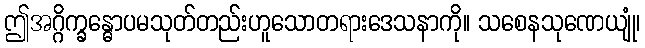
ဤအဂ္ဂိက္ခန္ဓောပမသုတ်တည်းဟူသောတရားဒေသနာကို။ သစေနသုဏေယျုံ၊